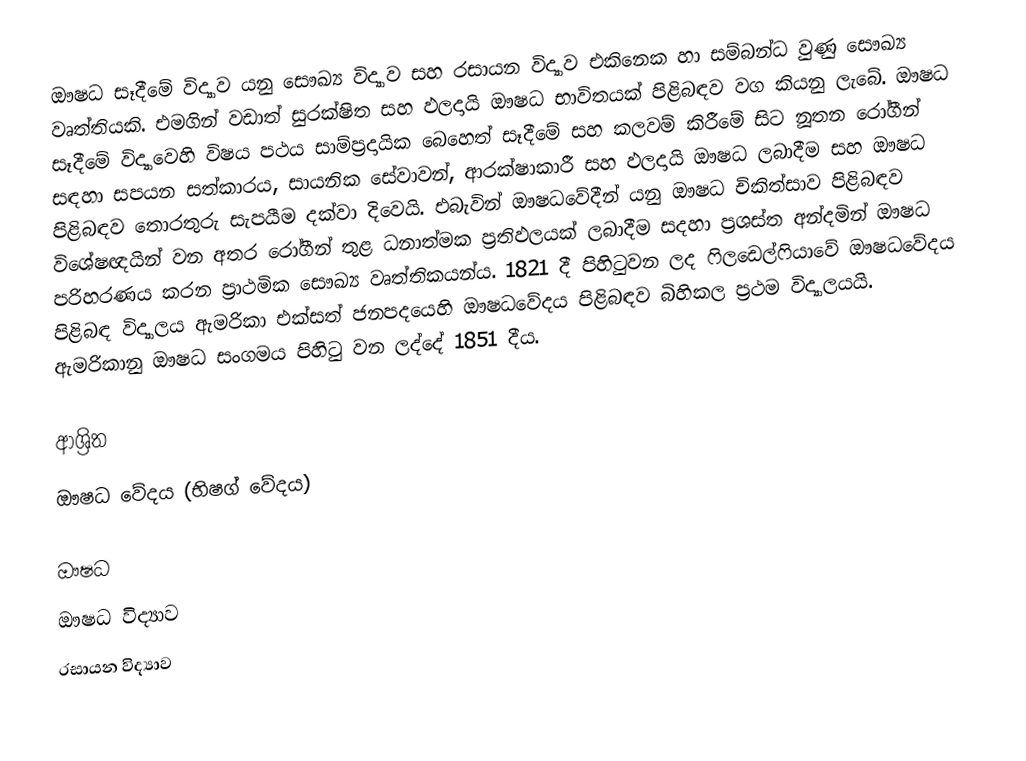
ඖෂධ සෑදීමේ විද්‍යාව යනු සෞඛ්‍ය විද්‍යාව සහ රසායන විද්‍යාව එකිනෙක හා සම්බන්ධ වුණු සෞඛ්‍ය වෘත්තියකි. එමගින් වඩාත් සුරක්ෂිත සහ ඵලදායි ඖෂධ භාවිතයක් පිළිබඳව වග කියනු ලැබේ. ඖෂධ සෑදීමේ විද්‍යාවෙහි විෂය පථය සාම්ප්‍රදායික බෙහෙත් සෑදීමේ සහ කලවම් කිරීමේ සිට නූතන රෝගීන් සඳහා සපයන සත්කාරය, සායනික සේවාවන්, ආරක්ෂාකාරී සහ ඵලදායි ඖෂධ ලබාදීම සහ ඖෂධ පිළිබඳව තොරතුරු සැපයීම දක්වා දිවෙයි. එබැවින් ඖෂධවේදීන් යනු ඖෂධ චිකිත්සාව පිළිබඳව විශේෂඥයින් වන අතර රෝගීන් තුළ ධනාත්මක ප්‍රතිඵලයක් ලබාදීම සදහා ප්‍රශස්ත අන්දමින් ඖෂධ පරිහරණය කරන ප්‍රාථමික සෞඛ්‍ය වෘත්තිකයන්ය. 1821 දී පිහිටුවන ලද ෆිලඩෙල්ෆියාවේ ඖෂධවේදය පිළිබඳ විද්‍යාලය ඇමරිකා එක්සත් ජනපදයෙහි ඖෂධවේදය පිළිබඳව බිහිකල ප්‍රථම විද්‍යාලයයි. ඇමරිකානු ඖෂධ සංගමය පිහිටු වන ලද්දේ 1851 දීය.

ආශ්‍රිත
 ඖෂධ වේදය (භිෂග් වේදය)

ඖෂධ
ඖෂධ විද්‍යාව
රසායන විද්‍යාව